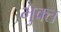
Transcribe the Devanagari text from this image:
भुक्‍त